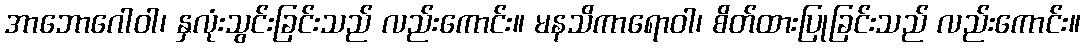
အာဘောဂေါဝါ၊ နှလုံးသွင်းခြင်းသည် လည်းကောင်း။ မနသိကာရောဝါ၊ စိတ်ထားပြုခြင်းသည် လည်းကောင်း။